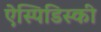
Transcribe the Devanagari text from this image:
ऐस्पिडिस्की